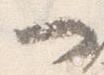
一